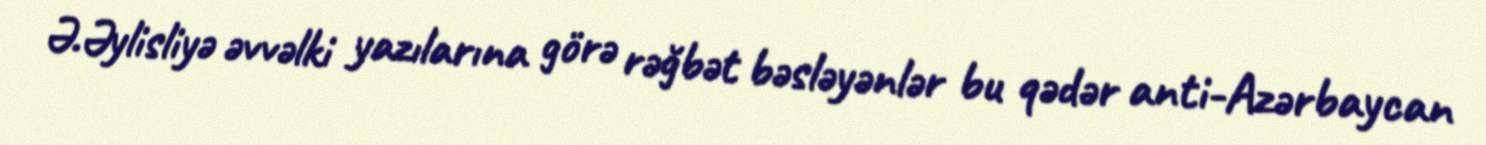
Ə.Əylisliyə əvvəlki yazılarına görə rəğbət bəsləyənlər bu qədər anti-Azərbaycan